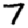
Digit: 7